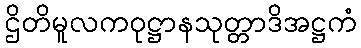
ဌိတိမူလကဝုဋ္ဌာနသုတ္တာဒိအဋ္ဌကံ